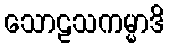
သောဠသကမ္မာဒိ